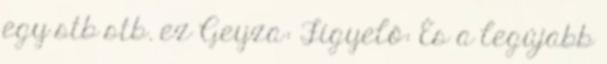
egy stb stb. ez Geyza: Figyelő: És a legújabb